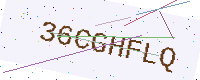
Text: 36CGHFLQ